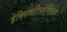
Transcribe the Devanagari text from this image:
हेक्सिलरिसोर्सिनाल